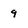
Character: 9